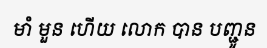
មាំ មួន ហើយ លោក បាន បញ្ជូន